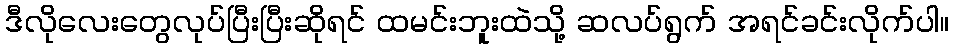
ဒီလိုလေးတွေလုပ်ပြီးပြီးဆိုရင် ထမင်းဘူးထဲသို့ ဆလပ်ရွက် အရင်ခင်းလိုက်ပါ။